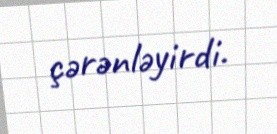
çərənləyirdi.